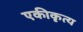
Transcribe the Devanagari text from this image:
एकीकृत्य